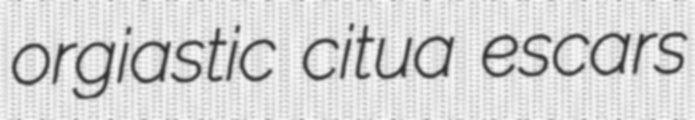
orgiastic citua escars